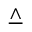
\underline { { \land } }